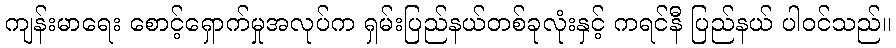
ကျန်းမာရေး စောင့်ရှောက်မှုအလုပ်က ရှမ်းပြည်နယ်တစ်ခုလုံးနှင့် ကရင်နီ ပြည်နယ် ပါဝင်သည်။